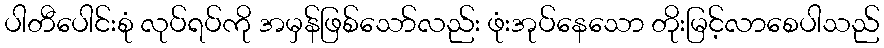
ပါတီပေါင်းစုံ လုပ်ရပ်ကို အမှန်ဖြစ်သော်လည်း ဖုံးအုပ်နေသော တိုးမြင့်လာစေပါသည်